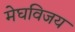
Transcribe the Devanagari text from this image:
मेघविजय